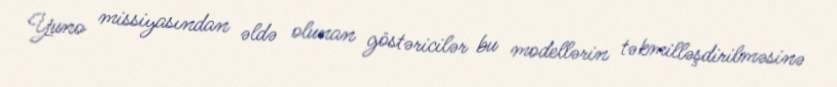
Yuno missiyasından əldə olunan göstəricilər bu modellərin təkmilləşdirilməsinə